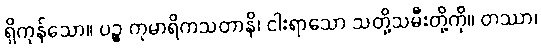
ရှိကုန်သော။ ပဉ္စ ကုမာရိကသတာနိ၊ ငါးရာသော သတို့သမီးတို့ကို။ တဿာ၊